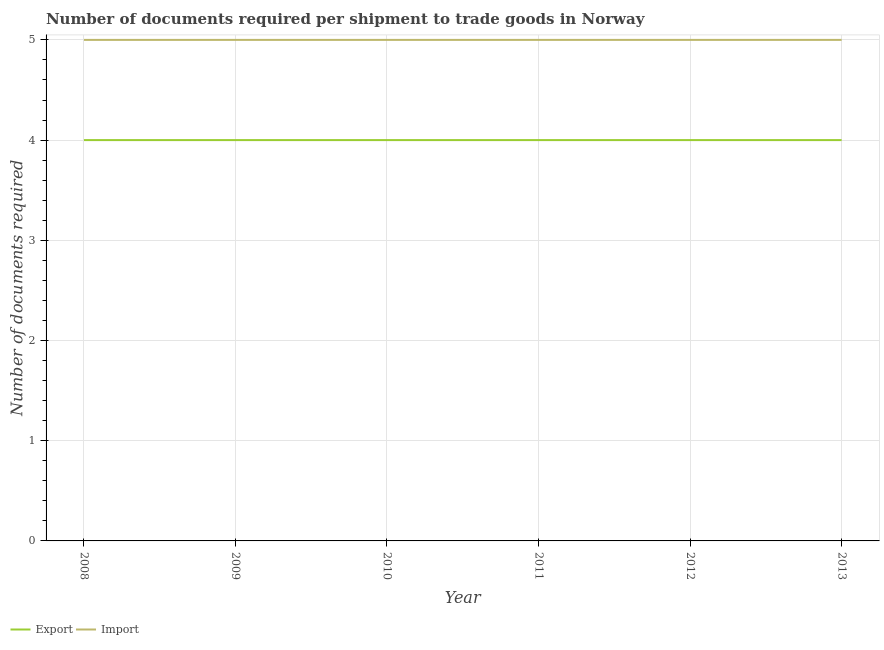
| Year | Export | Import |
 | --- | --- | --- |
 | 2008 | 4 | 5 |
 | 2009 | 4 | 5 |
 | 2010 | 4 | 5 |
 | 2011 | 4 | 5 |
 | 2012 | 4 | 5 |
 | 2013 | 4 | 5 |